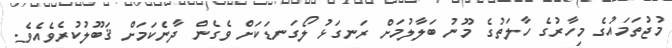
މުޖުތަމައުގެ މިހާރުގެ ހާލަތުގެ މޫނު ބަލާލުމަށް ރަނގަޅު ލޯގަނޑަކަށް ވެގެން ދާނެކަމަށް ޤަބޫލުކުރެވެއެވެ.